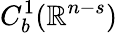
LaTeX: C_{b}^{1}(\mathbb{R}^{n-s})